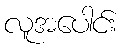
လူအပေါင်း